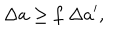
LaTeX: \Delta a \geq f ~ \Delta a ^ { \prime } ,